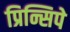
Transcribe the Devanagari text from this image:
प्रिन्सिपे